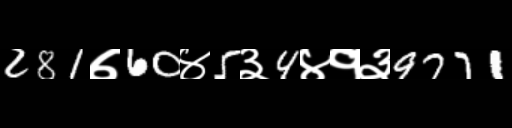
Text: 281७60४5३4४१३9771